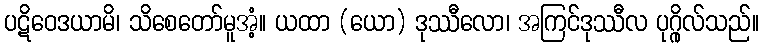
ပဋိဝေဒယာမိ၊ သိစေတော်မူအံ့။ ယထာ (ယော) ဒုဿီလော၊ အကြင်ဒုဿီလ ပုဂ္ဂိုလ်သည်။